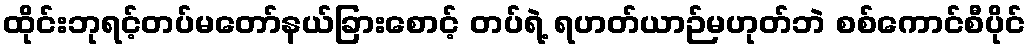
ထိုင်းဘုရင့်တပ်မတော်နယ်ခြားစောင့် တပ်ရဲ့ ရဟတ်ယာဉ်မဟုတ်ဘဲ စစ်ကောင်စီပိုင်